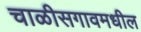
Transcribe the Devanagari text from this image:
चाळीसगावमधील